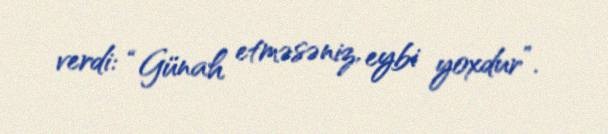
verdi: “Günah etməsəniz, eybi yoxdur”.